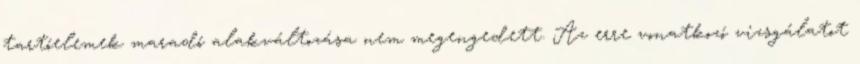
tartóelemek maradó alakváltozása nem megengedett. Az erre vonatkozó vizsgálatot